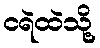
ငရဲထဲသို့